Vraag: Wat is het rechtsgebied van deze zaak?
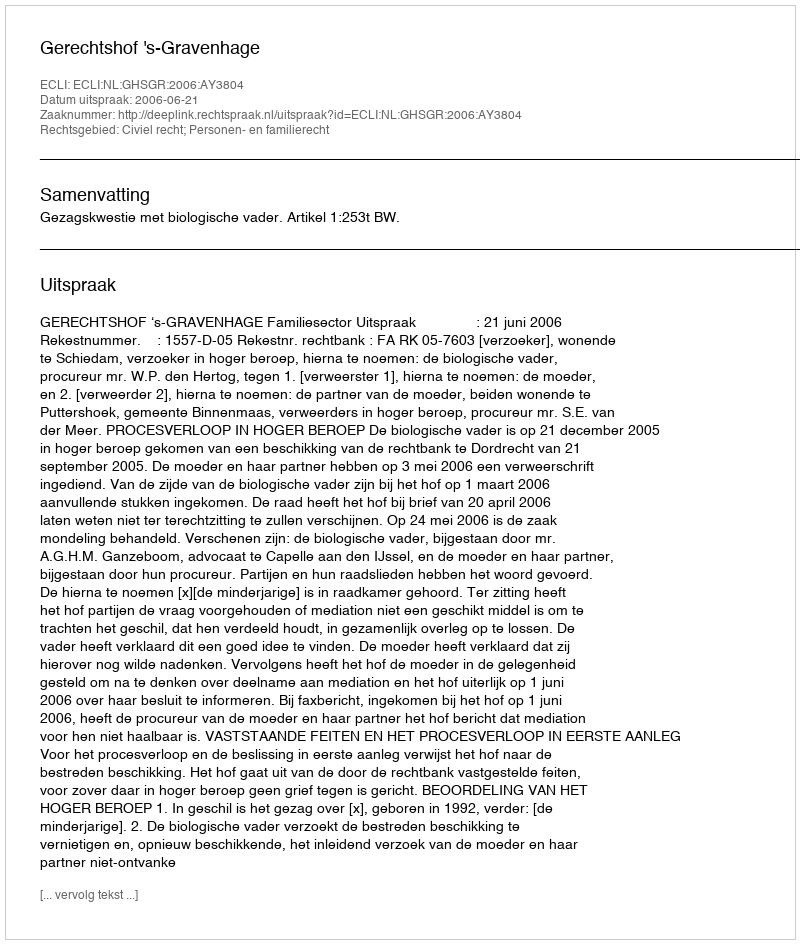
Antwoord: Civiel recht; Personen- en familierecht